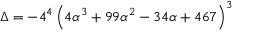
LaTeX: \Delta = - 4 ^ { 4 } \left( 4 \alpha ^ { 3 } + 9 9 \alpha ^ { 2 } - 3 4 \alpha + 4 6 7 \right) ^ { 3 }